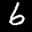
Label: 6